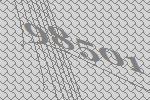
98501